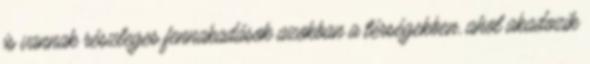
is vannak részleges fennakadások azokban a térségekben, ahol akadozik